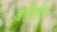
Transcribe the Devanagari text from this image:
जलीलपूर